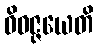
ဝိဝဇ္ဇယေတိ